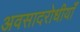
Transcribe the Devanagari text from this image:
अवसादरोधीयाँ